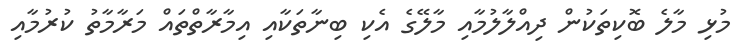
މުޅި މާލެ ބޮކިތަކުން ދިއްލާލުމާއި މާލޭގެ އެކި ބިނާތަކާއި އިމާރާތްތައް މަރާމާތު ކުރުމާއި